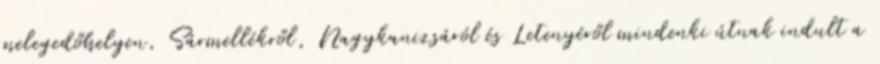
melegedőhelyen, Sármellékről, Nagykanizsáról és Letenyéről mindenki útnak indult a